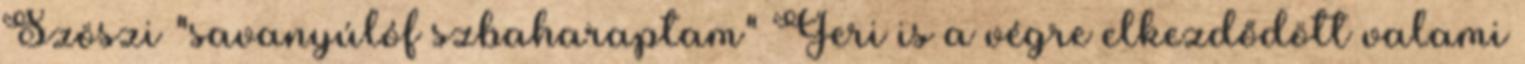
Szöszi "savanyúlóf szbaharaptam" Geri is a végre elkezdődött valami